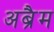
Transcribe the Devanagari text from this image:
अब्रैम